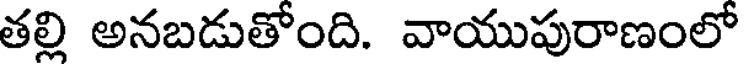
తల్లి అనబడుతోంది. వాయుపురాణంలో